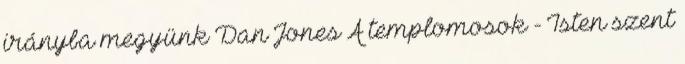
irányba megyünk Dan Jones A templomosok - Isten szent